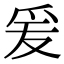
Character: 爰